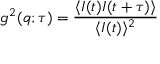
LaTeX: g ^ { 2 } ( q ; \tau ) = { \frac { \langle I ( t ) I ( t + \tau ) \rangle } { \langle I ( t ) \rangle ^ { 2 } } }